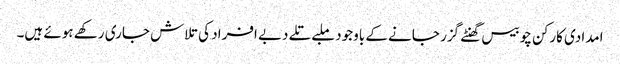
امدادی کارکن چوبیس گھنٹے گزر جانے کے باوجود ملبے تلے دبے افراد کی تلاش جاری رکھے ہوئے ہیں۔